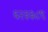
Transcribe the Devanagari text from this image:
६२३३८९